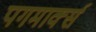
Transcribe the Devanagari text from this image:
पगमार्क्स